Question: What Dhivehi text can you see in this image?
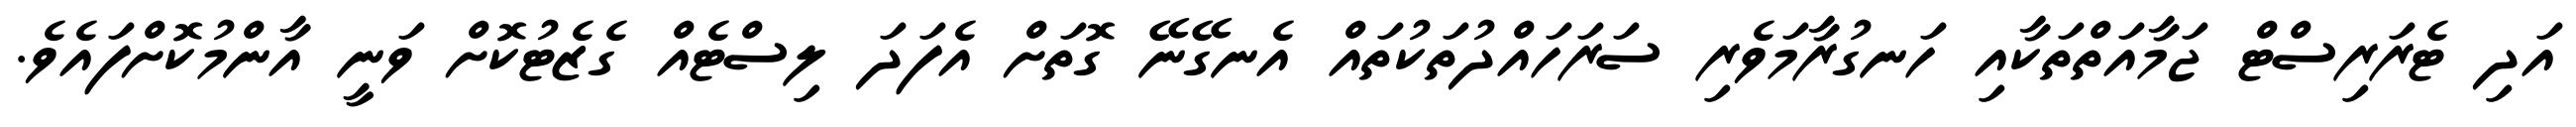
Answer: އަދި ޓެރަރިސްޓް ޖަމާއަތްތަކާއި ހަނގުރާމަވެރި ސަރަހައްދުތަކުތައް އެނގޭނޭ ގޮތަށް އެފަދަ ލިސްޓެއް ގެޒެޓުކޮށް ވަނީ އާންމުކޮށްފައެވެ.